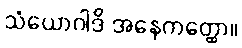
သံယောဂါဒိ အနေကတ္ထော။